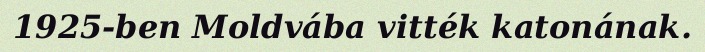
1925-ben Moldvába vitték katonának.